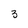
Character: 3